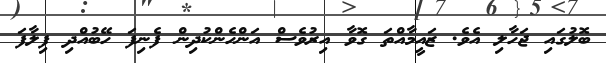
ބޮލުގައި ޖަހާލި އެވެ. ޒައީމާއްތަ ގޮވާ އިރުވެސް އަންހެންކުދިން ފެނިފަ ހޭބުއްދި ފިލާފަ